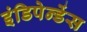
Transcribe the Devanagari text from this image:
इंडिपेन्डेंस